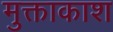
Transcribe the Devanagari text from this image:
मुक्ताकाश